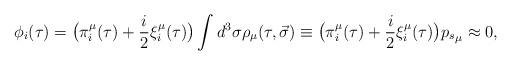
LaTeX: \begin{align*}\phi_i(\tau) = \big(\pi_i^\mu (\tau) + \frac i2 \xi_i^\mu(\tau)\big)\int{d^3\sigma \rho_\mu (\tau, \vec{\sigma})\equiv \big(\pi_i^\mu(\tau) + \frac i2 \xi_i^\mu(\tau)\big){p_s}_\mu} \approx 0,\end{align*}